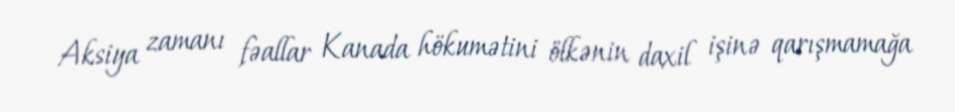
Aksiya zamanı fəallar Kanada hökumətini ölkənin daxil işinə qarışmamağa